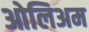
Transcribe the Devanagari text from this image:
ओलिअम